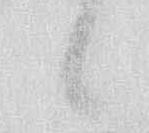
候